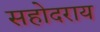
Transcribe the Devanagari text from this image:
सहोदराय